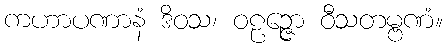
ကဟာပဏာနံ ဒိဝသ၊ ဝဠဉ္ဇော ဝီသတမ္ဗဏံ။